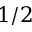
1 / 2